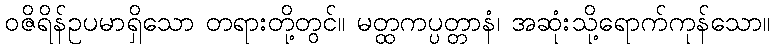
ဝဇိရိန်ဥပမာရှိသော တရားတို့တွင်။ မတ္ထကပ္ပတ္တာနံ၊ အဆုံးသို့ရောက်ကုန်သော။